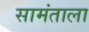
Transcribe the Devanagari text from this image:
सामंताला